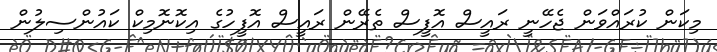
މިކަން ކުރައްވަން ޖެހޭނީ ރައީސް އޮފީސް ތެރޭން ރައީސް އޮފީހުގެ އިކޮނޮމިކް ކައުންސިލުން